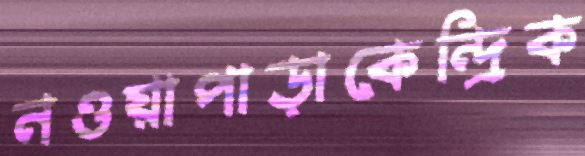
নওয়াপাড়াকেন্দ্রিক